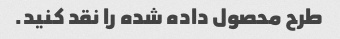
طرح محصول داده شده را نقد کنید.